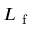
L _ { \mathrm { ~ f ~ } }